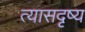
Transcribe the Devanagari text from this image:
त्यासदृष्य